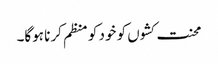
محنت کشوں کو خود کو منظم کرنا ہوگا۔